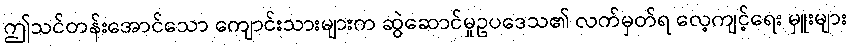
ဤသင်တန်းအောင်သော ကျောင်းသားများက ဆွဲဆောင်မှုဥပဒေသ၏ လက်မှတ်ရ လေ့ကျင့်ရေး မှူးများ